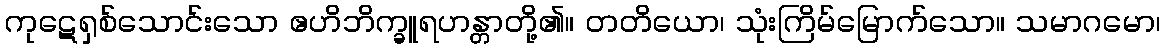
ကုဋေရှစ်သောင်းသော ဧဟိဘိက္ခူရဟန္တာတို့၏။ တတိယော၊ သုံးကြိမ်မြောက်သော။ သမာဂမော၊